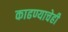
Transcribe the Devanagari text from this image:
काढण्याचेही